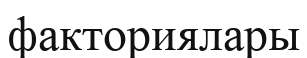
факториялары